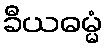
ခီယဓမ္မံ